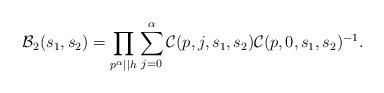
LaTeX: \begin{align*} \mathcal{B}_2(s_1,s_2) = \prod_{p^{\alpha} \mid \mid h} \sum_{j=0}^{\alpha} \mathcal{C}(p,j,s_1,s_2) \mathcal{C}(p,0,s_1,s_2)^{-1}.\end{align*}